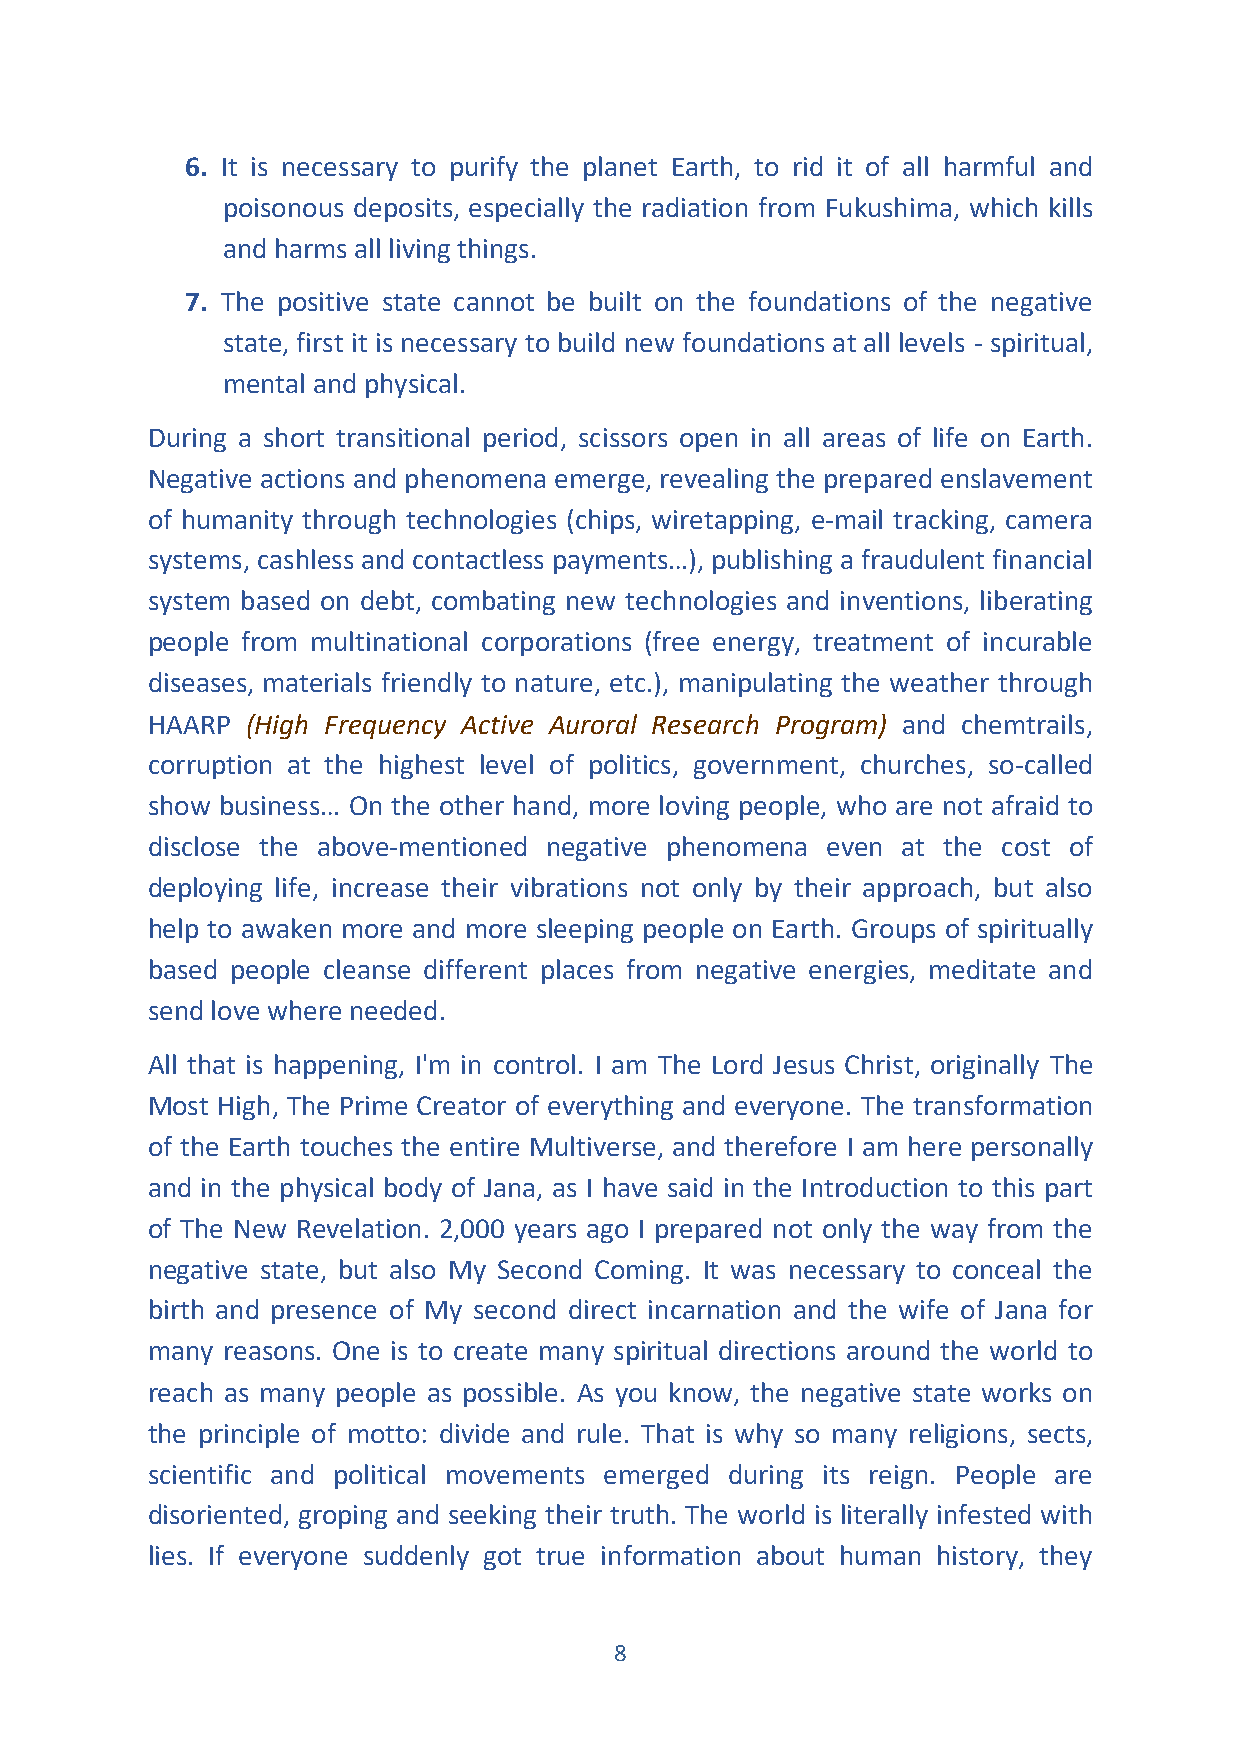
6. It is necessary to purify the planet Earth, to rid it of all harmful and
 poisonous deposits, especially the radiation from Fukushima, which kills
 and harms all living things.
 7. The positive state cannot be built on the foundations of the negative
 state, first it is necessary to build new foundations at all levels - spiritual,
 mental and physical.
 During a short transitional period, scissors open in all areas of life on Earth.
 Negative actions and phenomena emerge, revealing the prepared enslavement
 of humanity through technologies (chips, wiretapping, e-mail tracking, camera
 systems, cashless and contactless payments…), publishing a fraudulent financial
 system based on debt, combating new technologies and inventions, liberating
 people from multinational corporations (free energy, treatment of incurable
 diseases, materials friendly to nature, etc.), manipulating the weather through
 HAARP (High Frequency Active Auroral Research Program) and chemtrails,
 corruption at the highest level of politics, government, churches, so-called
 show business… On the other hand, more loving people, who are not afraid to
 disclose the above-mentioned negative phenomena even at the cost of
 deploying life, increase their vibrations not only by their approach, but also
 help to awaken more and more sleeping people on Earth. Groups of spiritually
 based people cleanse different places from negative energies, meditate and
 send love where needed.
 All that is happening, I'm in control. I am The Lord Jesus Christ, originally The
 Most High, The Prime Creator of everything and everyone. The transformation
 of the Earth touches the entire Multiverse, and therefore I am here personally
 and in the physical body of Jana, as I have said in the Introduction to this part
 of The New Revelation. 2,000 years ago I prepared not only the way from the
 negative state, but also My Second Coming. It was necessary to conceal the
 birth and presence of My second direct incarnation and the wife of Jana for
 many reasons. One is to create many spiritual directions around the world to
 reach as many people as possible. As you know, the negative state works on
 the principle of motto: divide and rule. That is why so many religions, sects,
 scientific and political movements emerged during its reign. People are
 disoriented, groping and seeking their truth. The world is literally infested with
 lies. If everyone suddenly got true information about human history, they
 8